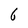
Character: 6